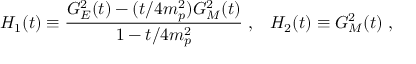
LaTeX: H _ { 1 } ( t ) \equiv \frac { G _ { E } ^ { 2 } ( t ) - ( t / 4 m _ { p } ^ { 2 } ) G _ { M } ^ { 2 } ( t ) } { 1 - t / 4 m _ { p } ^ { 2 } } \; , \; \; \; H _ { 2 } ( t ) \equiv G _ { M } ^ { 2 } ( t ) \; ,